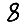
Digit: 8